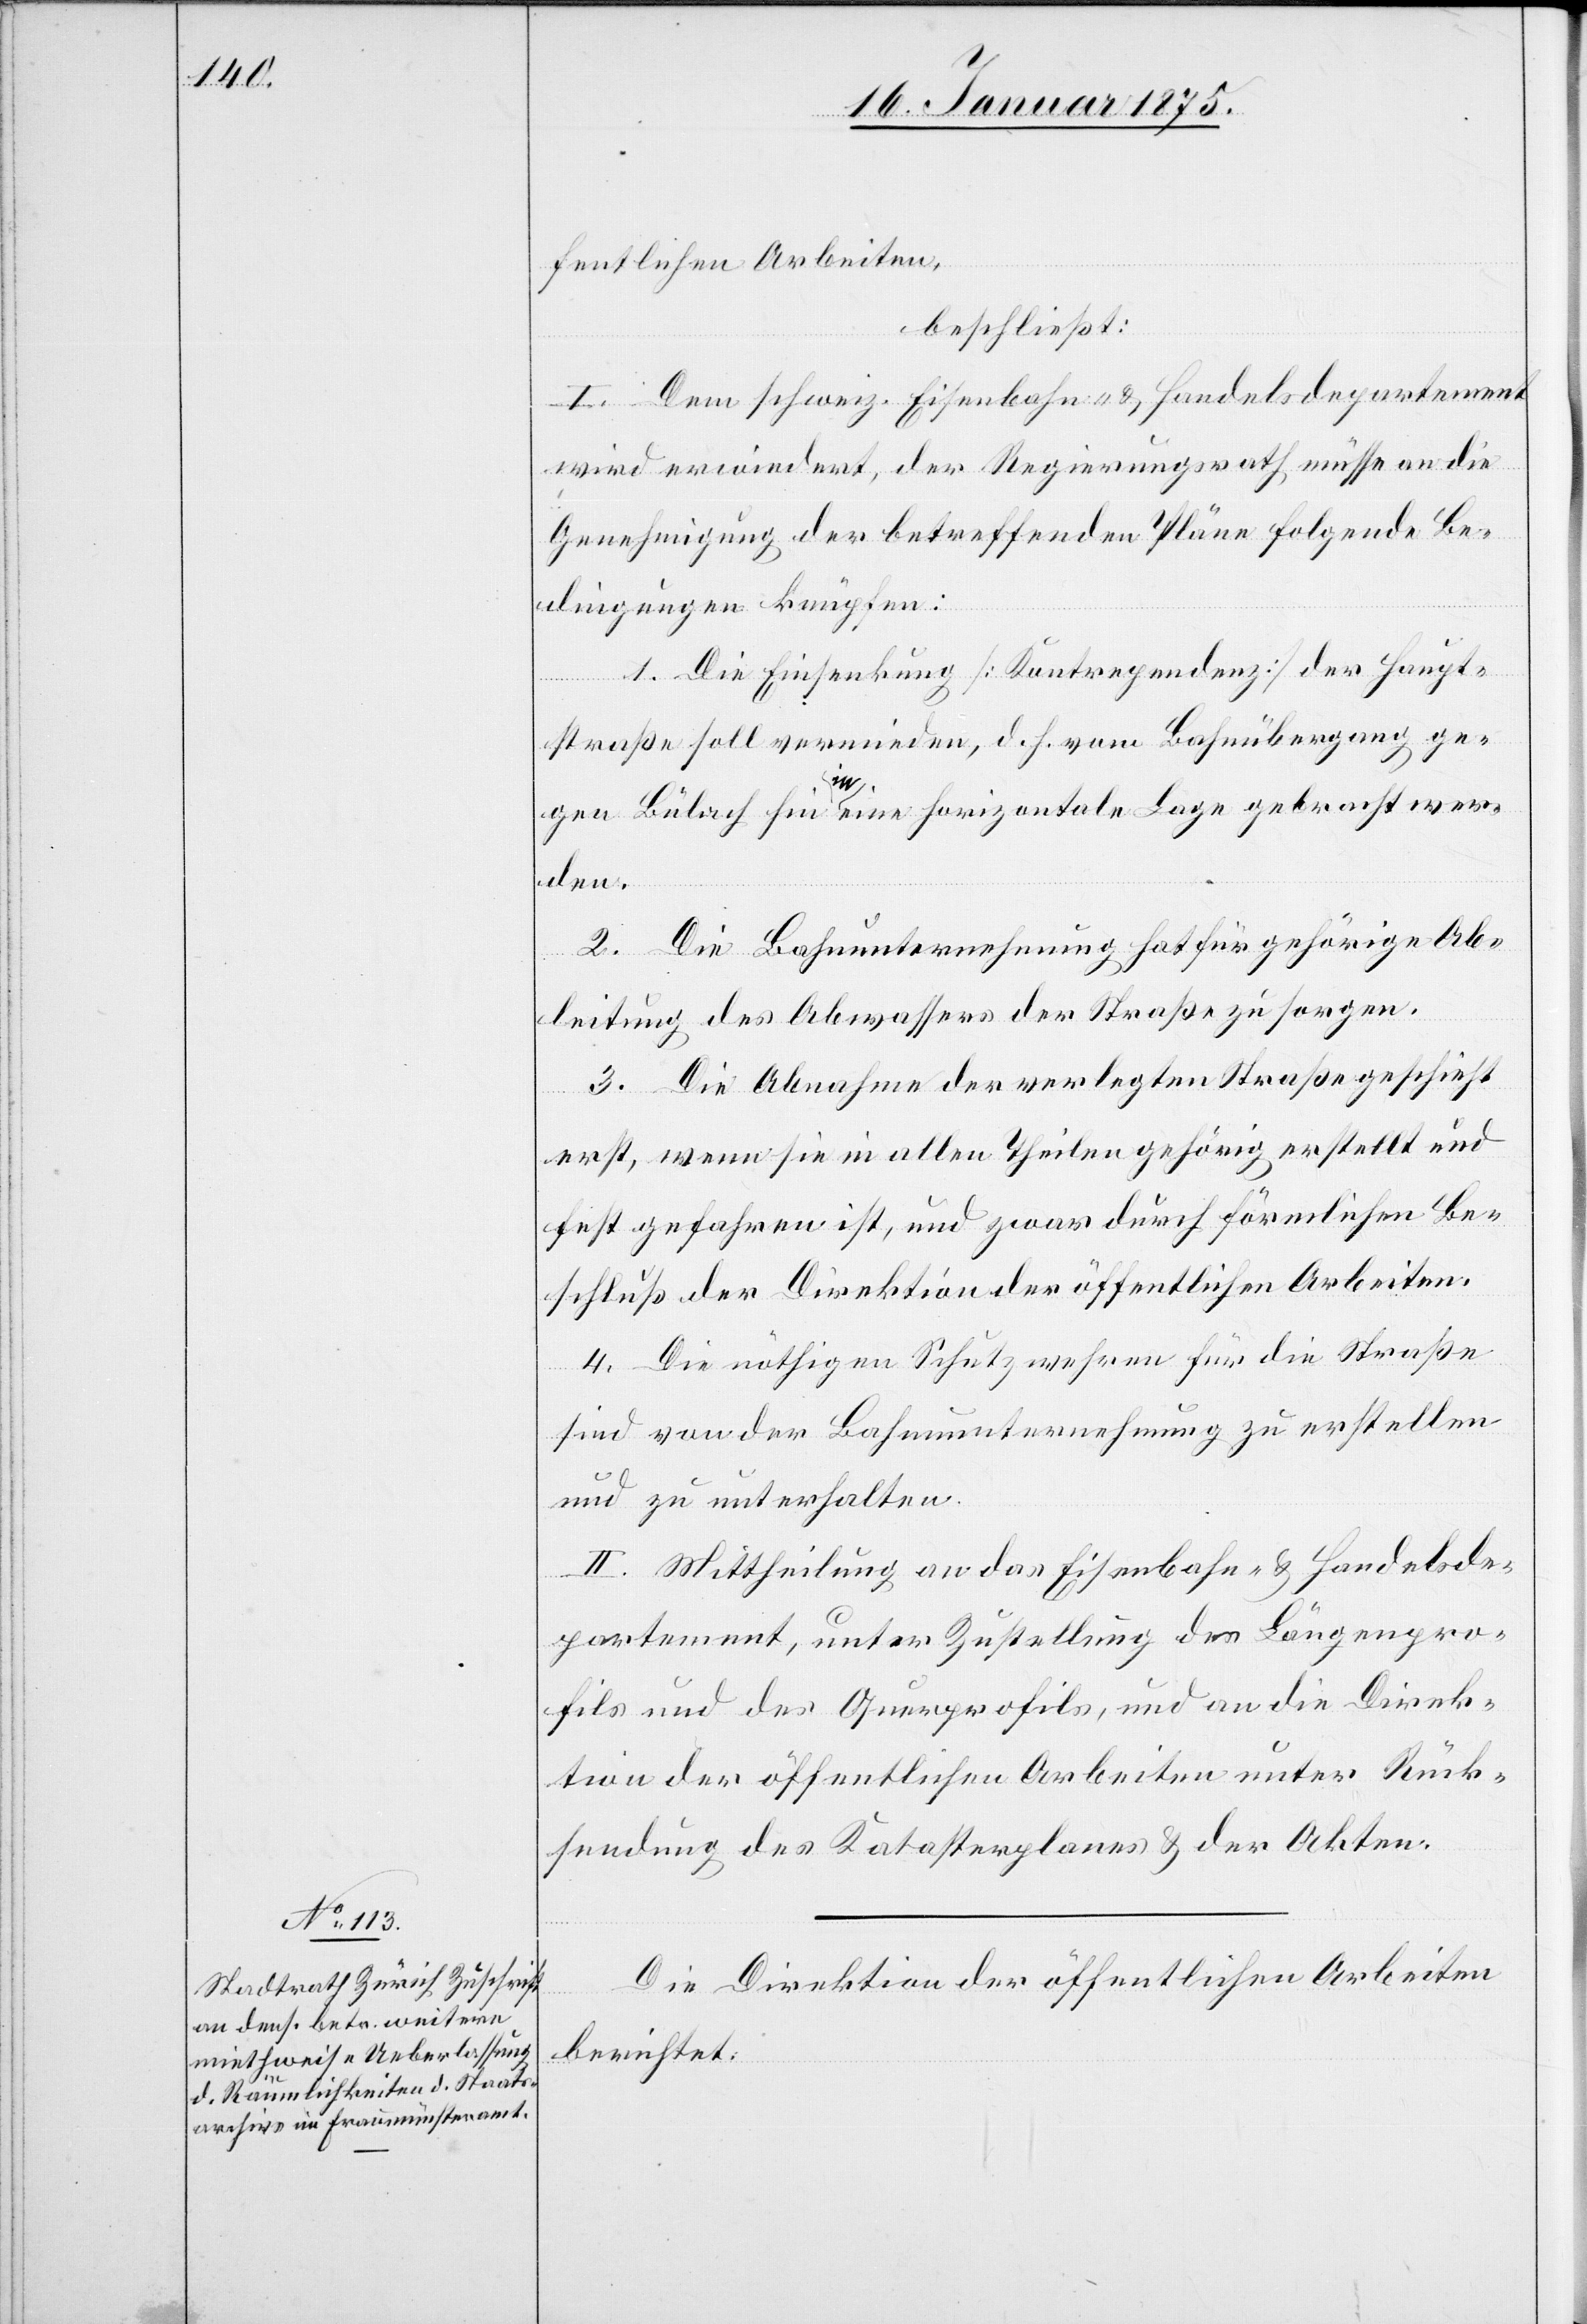
fentlichen Arbeiten,
beschließt:
I. Dem schweiz. Eisenbahn- & Handelsdepartement
wird erwiedert, der Regierungsrath müsse an die
Genehmigung der betreffenden Pläne folgende Be¬
dingungen knüpfen:
1. Die Einsenkung (Kontrependenz) der Haupt¬
straße soll vermieden, d. h. vom Bahnübergang ge¬
gen Bülach hin a-in-a eine horizontale Lage gebracht wer¬
den.
2. Die Bahnunternehmung hat für gehörige Ab¬
leitung des Abwassers der Straße zu sorgen.
3. Die Abnahme der verlegten Straße geschieht
erst, wenn sie in allen Theilen gehörig erstellt und
fest gefahren ist, und zwar durch förmlichen Be¬
schluß der Direktion der öffentlichen Arbeiten.
4. Die nöthigen Schutzwehren für die Straße
sind von der Bahnunternehmung zu erstellen
und zu unterhalten.
II. Mittheilung an das Eisenbahn- & Handelsde¬
partement, unter Zustellung des Längenpro¬
fils und des Querprofils, und an die Direk¬
tion der öffentlichen Arbeiten unter Rück¬
sendung des Katasterplanes & der Akten.
Die Direktion der öffentlichen Arbeiten
berichtet: